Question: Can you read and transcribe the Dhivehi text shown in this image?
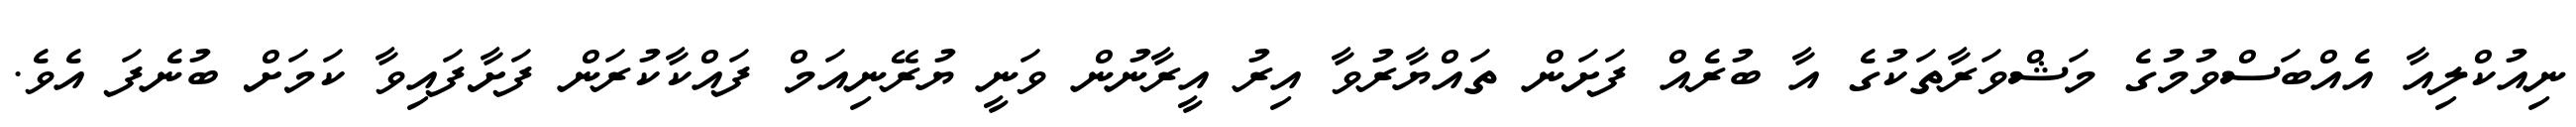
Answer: ނިއުކްލިއާ އެއްބަސްވުމުގެ މަޝްވަރާތަކުގެ އާ ބުރެއް ފަށަން ތައްޔާރުވާ އިރު އީރާނުން ވަނީ ޔުރޭނިއަމް ފައްކާކުރަން ފަށާފައިވާ ކަމަށް ބުނެފަ އެވެ.